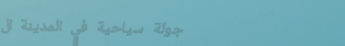
جولة سياحية في المدينة ال